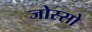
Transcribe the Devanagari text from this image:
जोस्सो